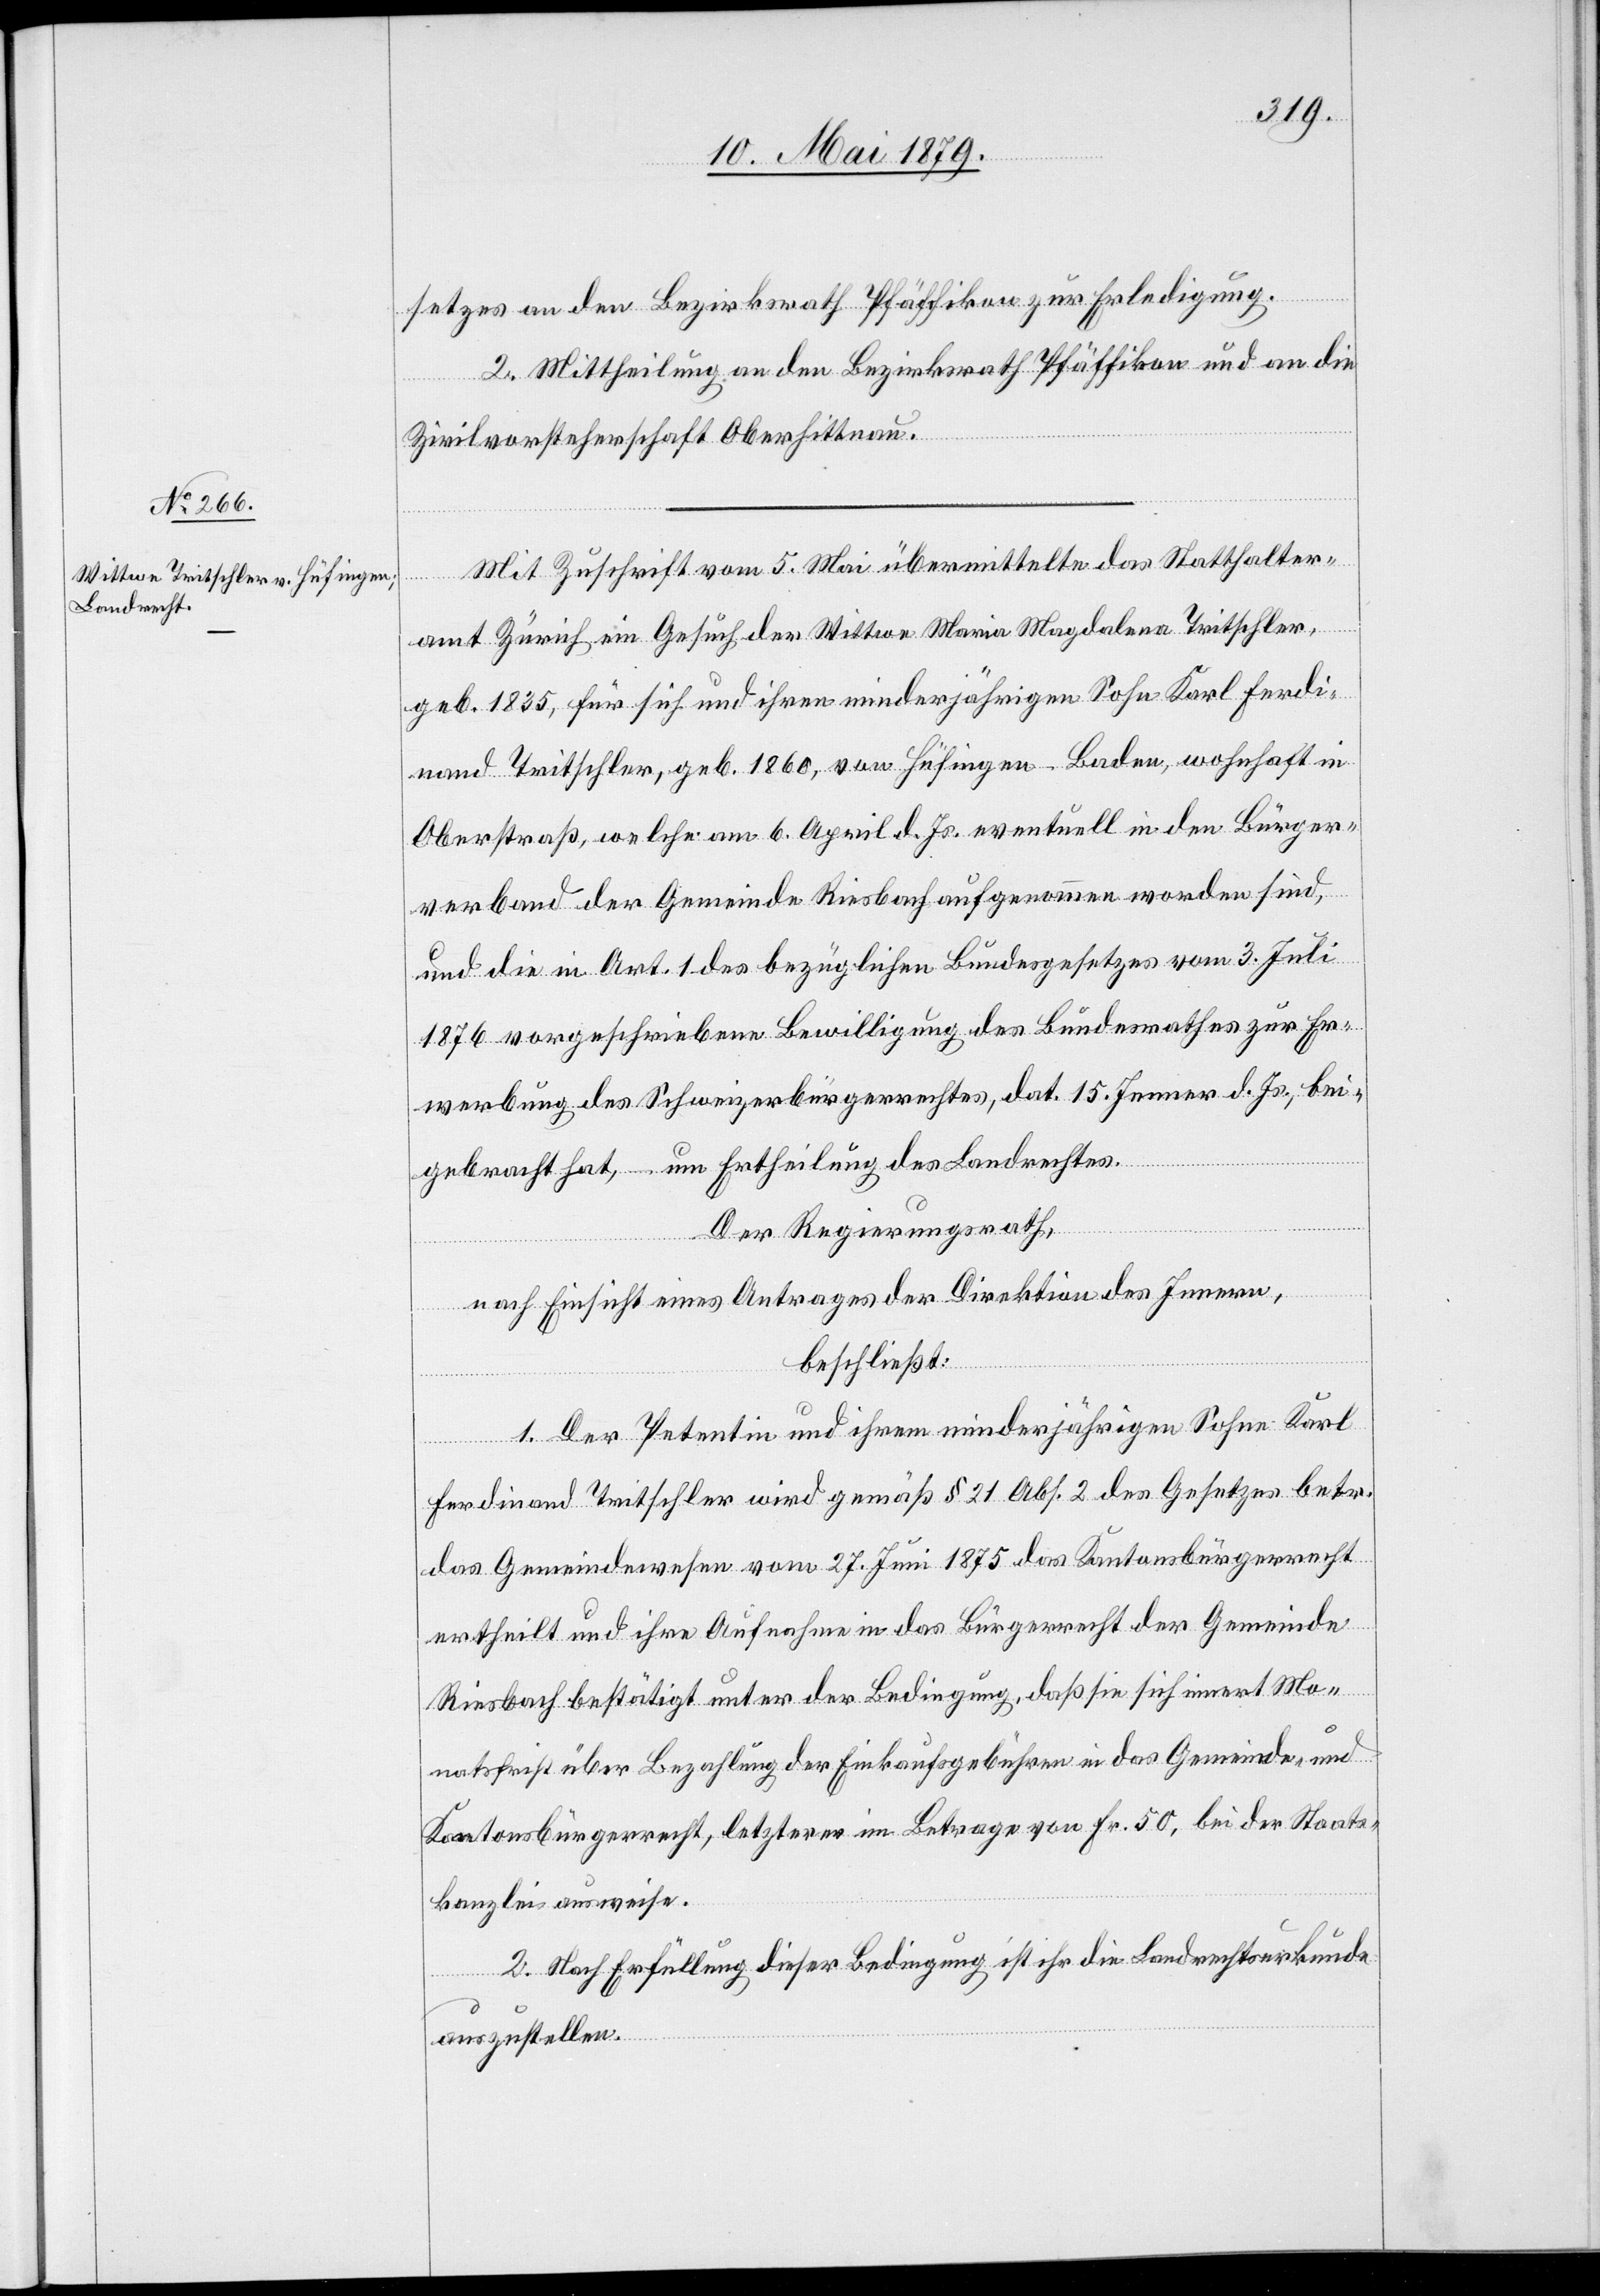
setzes an den Bezirksrath Pfäffikon zur Erledigung.
2. Mittheilung an den Bezirksrath Pfäffikon und an die
Zivilvorsteherschaft Oberhittnau.
Mit Zuschrift vom 5. Mai übermittelte das Statthalter¬
amt Zürich ein Gesuch der Wittwe Maria Magdalena Tritschler,
geb. 1835, für sich und ihren minderjährigen Sohn Karl Ferdi¬
nand Tritschler, geb. 1860, von Hüfingen - Baden, wohnhaft in
Oberstraß, welche am 6. April d. Js. eventuell in den Bürger¬
verband der Gemeinde Riesbach aufgenommen worden sind,
und die in Art. 1 des bezüglichen Bundesgesetzes vom 3. Juli
1876 vorgeschriebene Bewilligung des Bundesrathes zur Er¬
werbung des Schweizerbürgerrechtes, dat. 15. Jenner d. Js., bei¬
gebracht hat [sic!], – um Ertheilung des Landrechtes.
Der Regierungsrath,
nach Einsicht eines Antrages der Direktion des Innern,
beschließt:
1. Der Petentin und ihrem minderjährigen Sohn Karl
Ferdinand Tritschler wird gemäß § 21 Abs. 2 des Gesetzes betr.
das Gemeindewesen vom 27. Juni 1875 das Kantonsbürgerrecht
ertheilt und ihre Aufnahme in das Bürgerrecht der Gemeinde
Riesbach bestätigt unter der Bedingung, daß sie sich innert Mo¬
natsfrist über Bezahlung der Einkaufsgebühren in das Gemeinde- und
Kantonsbürgerrecht, letzterer im Betrage von Fr. 50, bei der Staats¬
kanzlei ausweise.
2. Nach Erfüllung dieser Bedingung ist ihr die Landrechtsurkunde
auszustellen.